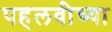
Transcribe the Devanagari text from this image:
पहलवीच्या